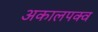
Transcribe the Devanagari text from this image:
अकालपक्व